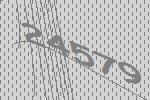
24579